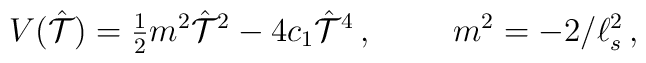
V(\hat{\cal T})={\textstyle\frac{1}{2}}m^{2}\hat{\cal T}^{2}-4c_{1}\hat{\cal T}^{4}\, ,\hspace{1cm}m^{2} =-2/\ell_{s}^{2}\, ,